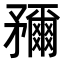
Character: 𥎖